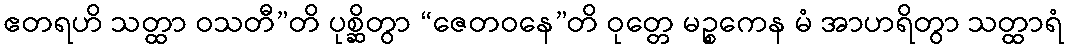
ဧတရဟိ သတ္ထာ ဝသတီ”တိ ပုစ္ဆိတွာ “ဇေတဝနေ”တိ ဝုတ္တေ မဉ္စကေန မံ အာဟရိတွာ သတ္ထာရံ